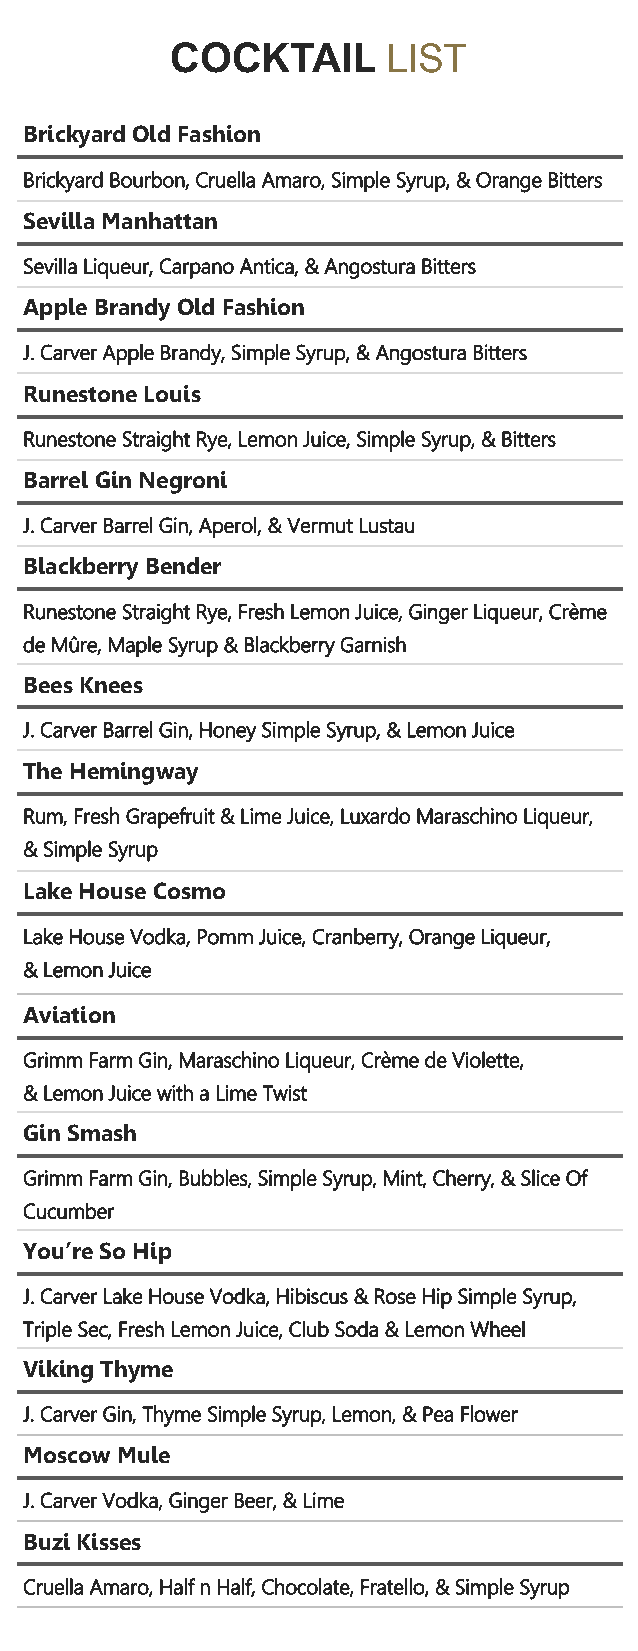
COCKTAIL       LIST
 Brickyard Old Fashion
 Brickyard Bourbon, Cruella Amaro, Simple Syrup, & Orange Bitters
 Sevilla Manhattan
 Sevilla Liqueur, Carpano Antica, & Angostura Bitters
 Apple Brandy Old Fashion
 J. Carver Apple Brandy, Simple Syrup, & Angostura Bitters
 Runestone Louis
 Runestone Straight Rye, Lemon Juice, Simple Syrup, & Bitters
 Barrel Gin Negroni
 J. Carver Barrel Gin, Aperol, & Vermut Lustau
 Blackberry Bender
 Runestone Straight Rye, Fresh Lemon Juice, Ginger Liqueur, Crème
 de Mûre, Maple Syrup & Blackberry Garnish
 Bees Knees
 J. Carver Barrel Gin, Honey Simple Syrup, & Lemon Juice
 The Hemingway
 Rum, Fresh Grapefruit & Lime Juice, Luxardo Maraschino Liqueur,
 & Simple Syrup
 Lake House Cosmo
 Lake House Vodka, Pomm Juice, Cranberry, Orange Liqueur,
 & Lemon Juice
 Aviation
 Grimm Farm Gin, Maraschino Liqueur, Crème de Violette,
 & Lemon Juice with a Lime Twist
 Gin Smash
 Grimm Farm Gin, Bubbles, Simple Syrup, Mint, Cherry, & Slice Of
 Cucumber
 You’re So Hip
 J. Carver Lake House Vodka, Hibiscus & Rose Hip Simple Syrup,
 Triple Sec, Fresh Lemon Juice, Club Soda & Lemon Wheel
 Viking Thyme
 J. Carver Gin, Thyme Simple Syrup, Lemon, & Pea Flower
 Moscow Mule
 J. Carver Vodka, Ginger Beer, & Lime
 Buzi Kisses
 Cruella Amaro, Half n Half, Chocolate, Fratello, & Simple Syrup